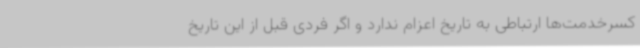
کسرخدمت‌ها ارتباطی به تاریخ اعزام ندارد و اگر فردی قبل از این تاریخ